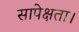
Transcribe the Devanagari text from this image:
सापेक्षता।